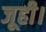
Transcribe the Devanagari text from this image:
जूही।